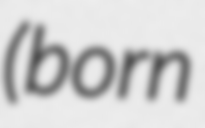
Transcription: (born